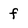
Character: f